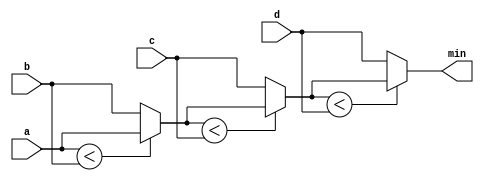
/*Given four unsigned numbers, find the minimum. 
Unsigned numbers can be compared with standard comparison operators (a < b). 
Use the conditional operator to make two-way min circuits, then compose a few of them to 
create a 4-way min circuit.
 You'll probably want some wire vectors for the intermediate results.*/
 module top_module (
    input [7:0] a, b, c, d,
    output [7:0] min);//
    wire [7:0]w1,w2,w3,w4;
    // assign intermediate_result1 = compare? true: false;
    assign w1=(a<b)?a:b;
    assign w2=(w1<c)?w1:c;
    assign w3=(w2<d)?w2:d;
    assign min=w3;
endmodule